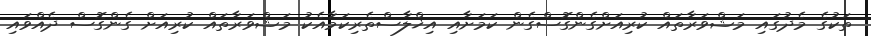
ތަކުގެ މެދުގައި މަޝްވަރާތައް ކުރިއަށްގެންގޮސްގެން ކަމަށާއި އިޚްލާސްތެރިކަމާއެކު މަޝްވަރާތައް ކުރިއަށް ގެންގޮސް ދެއްވައި